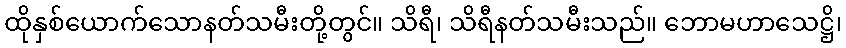
ထိုနှစ်ယောက်သောနတ်သမီးတို့တွင်။ သိရီ၊ သိရီနတ်သမီးသည်။ ဘောမဟာသေဋ္ဌိ၊